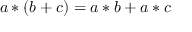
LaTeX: a * ( b + c ) = a * b + a * c